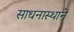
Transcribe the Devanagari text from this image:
साधनास्थाने